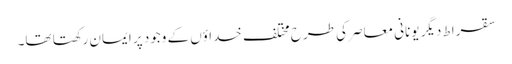
سقراط دیگر یونانی معاصر کی طرح مختلف خداؤں کے وجود پر ایمان رکھتا تھا۔